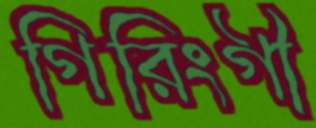
গিরিংগী